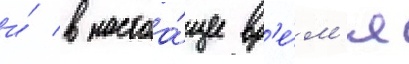
и́ в настоа́щее вр'е́м'я